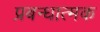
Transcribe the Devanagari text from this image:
प्रबन्धात्मक